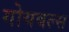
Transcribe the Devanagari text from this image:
गोयबल्स